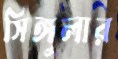
সিঙ্গুলার